Annual report of the Punjab Veterinary College and of the Civil Veterinary Department, Punjab - 1909-1919
Year: 1909
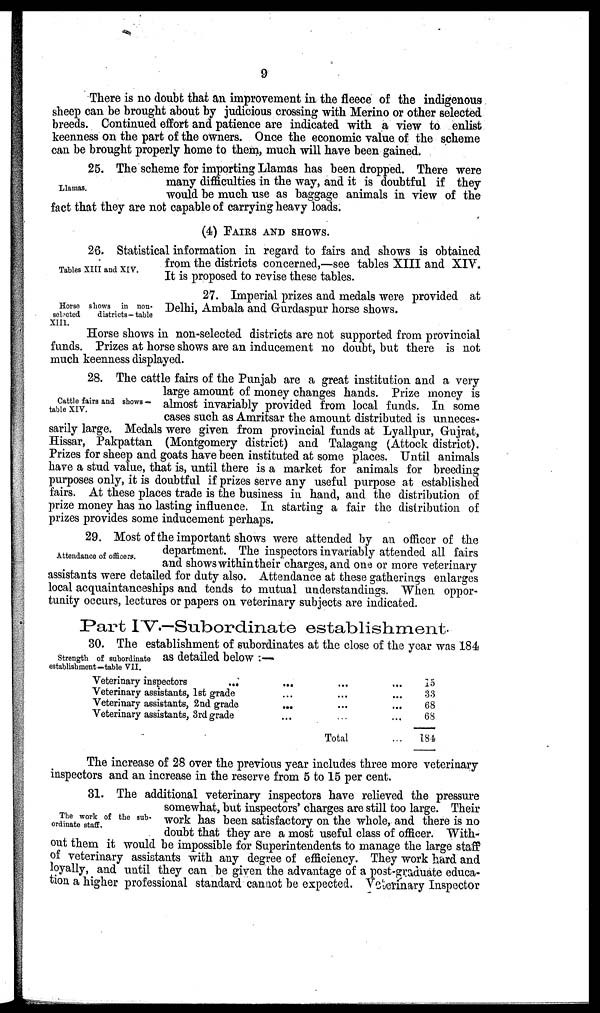
9
There is no doubt that an improvement in the fleece of the indigenous
sheep can be brought about by judicious crossing with Merino or other selected
breeds. Continued effort and patience are indicated with a view to enlist
keenness on the part of the owners. Once the economic value of the scheme
can be brought properly home to them, much will have been gained.
Llamas.
25. The scheme for importing Llamas has been dropped. There were
many difficulties in the way, and it is doubtful if they
would be much use as baggage animals in view of the
fact that they are not capable of carrying heavy loads.
(4) FAIRS AND SHOWS.
Tables XIII and XIV.
26. Statistical information in regard to fairs and shows is obtained
from the districts concerned,—see tables XIII and XIV.
It is proposed to revise these tables.
Horse shows in non-
selected
districts—table
XIII.
27. Imperial prizes and medals were provided at
Delhi, Ambala and Grurdaspur horse shows.
Horse shows in non-selected districts are not supported from provincial
funds. Prizes at horse shows are an inducement no doubt, but there is not
much keenness displayed.
Cattle fairs and shows —
table XIV.
28. The cattle fairs of the Punjab are a great institution and a very
large amount of money changes hands. Prize money is
almost invariably provided from local funds. In some
cases such as Amritsar the amount distributed is unneces-
sarily large. Medals were given from provincial funds at Lyallpur, Gujrat,
Hissar, Pakpattan (Montgomery district) and Talagang (Attock district).
Prizes for sheep and goats have been instituted at some places. Until animals
have a stud value, that is, until there is a market for animals for breeding
purposes only, it is doubtful if prizes serve any useful purpose at established
fairs. At these places trade is the business in hand, and the distribution of
prize money has no lasting influence. In starting a fair the distribution of
prizes provides some inducement perhaps.
Attendance of officers.
29. Most of the important shows were attended by an officer of the
department. The inspectors invariably attended all fairs
and shows within their charges, and one or more veterinary
assistants were detailed for duty also. Attendance at these gatherings enlarges
local acquaintanceships and tends to mutual understandings. When oppor-
tunity occurs, lectures or papers on veterinary subjects are indicated.
Part IV.—Subordinate establishment.
Strength of subordinate
establishment—table VII.
30. The establishment of subordinates at the close of the year was 184
as detailed below:—
Veterinary inspectors
............
Veterinary assistants, 1st
grade.........
Veterinary assistants, 2nd
grade.........
Veterinary assistants, 3rd
grade.........
Total...
15
33
68
68
184
The increase of 28 over the previous year includes three more veterinary
inspectors and an increase in the reserve from 5 to 15 per cent.
The work of the sub-
ordinate staff.
31. The additional veterinary inspectors have relieved the pressure
somewhat, but inspectors' charges are still too large. Their
work has been satisfactory on the whole, and there is no
doubt that they are a most useful class of officer. With-
out them it would be impossible for Superintendents to manage the large staff
of veterinary assistants with any degree of efficiency. They work hard and
loyally, and until they can be given the advantage of a post-graduate educa-
tion a higher professional standard cannot be expected. Veterinary Inspector